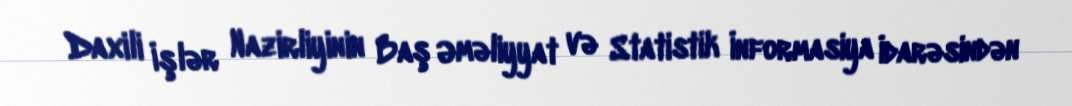
Daxili İşlər Nazirliyinin Baş Əməliyyat və Statistik İnformasiya İdarəsindən